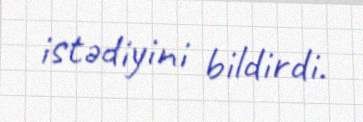
istədiyini bildirdi.